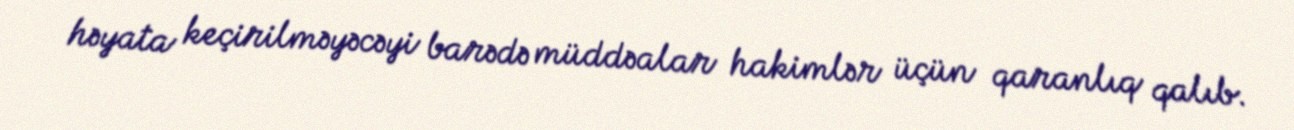
həyata keçirilməyəcəyi barədə müddəalar hakimlər üçün qaranlıq qalıb.